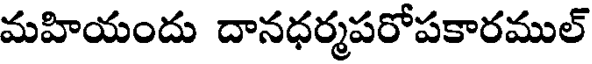
మహియందు దానధర్మపరోపకారముల్